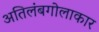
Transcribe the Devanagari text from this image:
अतिलंबगोलाकार